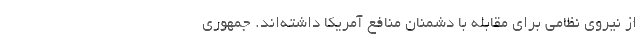
از نیروی نظامی برای مقابله با دشمنان منافع آمریکا داشته‌­اند. جمهوری